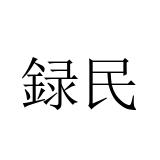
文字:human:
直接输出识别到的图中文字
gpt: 録民